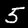
Digit: 5